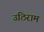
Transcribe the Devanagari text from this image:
उठिराम